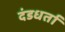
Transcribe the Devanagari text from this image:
दंडधर्ता